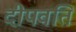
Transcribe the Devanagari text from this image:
दीपवति